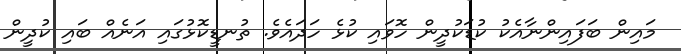
މައިން ބަފައިންނާއެކު ކުޑަކުދީން ހޮވައި ކުޅެ ހަދައެވެ. ތުނޑީކޮޅުގައި އަނެއް ބައި ކުދީން